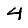
Digit: 4